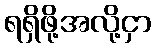
ရရှိဖို့အလို့ငှာ